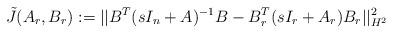
LaTeX: \begin{align*}\tilde{J}(A_r,B_r) := || B^T(sI_n+A)^{-1}B - B_r^T(sI_r+A_r)B_r||^2_{H^2}\end{align*}